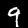
Digit: 9